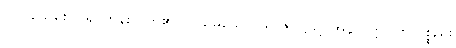
(၇) သေစေလို၍ တွန်းလိုက်၏။ လဲ၍မသေ၊ ပါရာဇိကဖြင့် အနာပတ္တိ။ ထုလ္လစ္စည်း